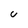
Character: U